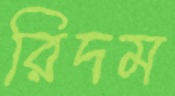
রিদম